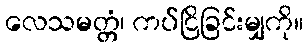
လေသမတ္တံ၊ ကပ်ငြိခြင်းမျှကို။